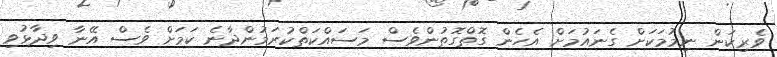
ވެރިކަން ނިމުމަކަށް ގެނައުމަށް އެހެން ގޮތްގޮތުންވެސް މަސައްކަތްކުރަމުންދާނެ ކަމަށް ވެސް އޭނާ ވިދާޅުވި